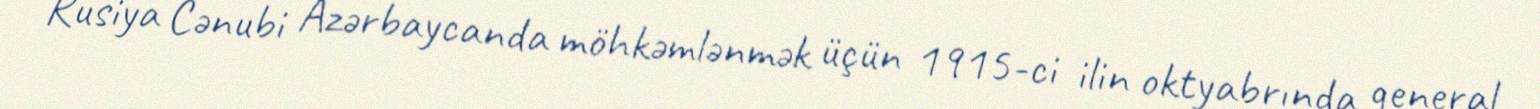
Rusiya Cənubi Azərbaycanda möhkəmlənmək üçün 1915-ci ilin oktyabrında general